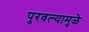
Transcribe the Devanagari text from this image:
पुरवल्यामुळे